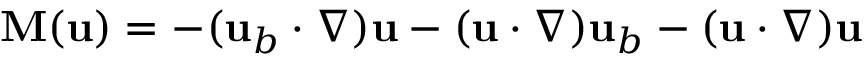
\mathbf { M } ( \mathbf { u } ) = - ( \mathbf { u } _ { b } \cdot \nabla ) \mathbf { u } - ( \mathbf { u } \cdot \nabla ) \mathbf { u } _ { b } - ( \mathbf { u } \cdot \nabla ) \mathbf { u }